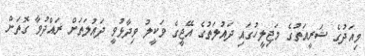
މިއަދުގެ ޝަރީއަތުގެ މަޖިލީހުގައި ދައުލަތުގެ އޭޖީގެ ވަކީލު ވިދާޅުވީ ދައުލަތަށް ރައްދުވާ ގޮތަށް